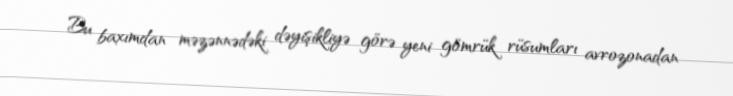
Bu baxımdan məzənnədəki dəyişikliyə görə yeni gömrük rüsumları avrozonadan